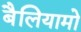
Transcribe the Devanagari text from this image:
बैलियामो